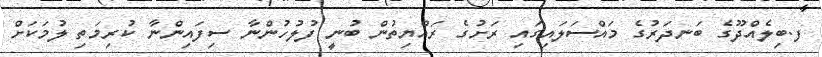
ފ.ބިލެއްދޫގެ ބަނދަރުގެ މައްސަލައިގައި ރަށުގެ ރައްޔިތުން ބުނީ ފުލުހުންނާ ސިފައިންނާ ކުރިމަތި ލުމަކަށް